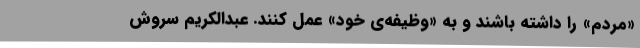
«مردم» را داشته باشند و به «وظیفه‌ی خود» عمل کنند. عبدالکریم سروش